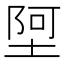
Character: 𫮄